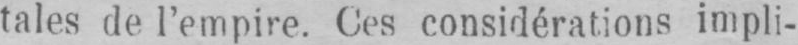
tales de l’empire. Ces considérations impli-